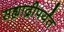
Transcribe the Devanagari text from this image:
सह्याद्रीपर्यंत